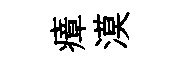
瘴漠